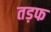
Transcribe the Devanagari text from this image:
तड़फ